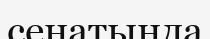
сенатында